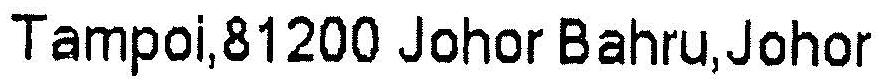
TAMPOI,81200 JOHOR BAHRU,JOHOR